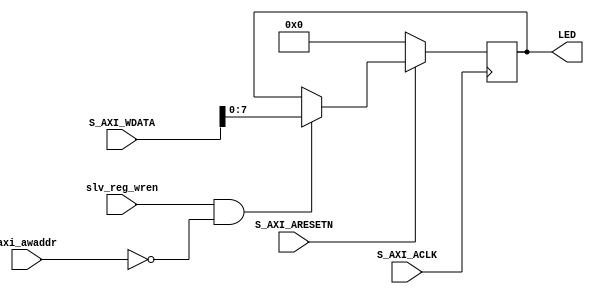
// Copyright (C) 2022, Advanced Micro Devices, Inc.
//
// SPDX-License-Identifier: BSD-3-Clause

`timescale 1ns / 1ps
/////////////////////////////////////////////////////////////////
// Module Name: lab3_user_logic
/////////////////////////////////////////////////////////////////

module lab3_user_logic # (
	parameter LED_WIDTH = 8
	)
	(
    input S_AXI_ACLK,
    input slv_reg_wren,
    input [2:0] axi_awaddr,
    input [31:0] S_AXI_WDATA,
    input S_AXI_ARESETN,
    output reg [LED_WIDTH-1:0] LED
    );
      
  always @( posedge S_AXI_ACLK )
  begin
    if ( S_AXI_ARESETN == 1'b0 )
        LED <= 4'b0;
    else 
      if (slv_reg_wren && (axi_awaddr == 3'h0))
          LED <= S_AXI_WDATA[LED_WIDTH-1:0];
      end
endmodule